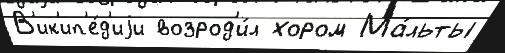
В'ик'ип'е́д'иjи возрод'и́л хором Ма́льты